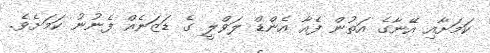
ކަމަށާއި އޭނާގެ އަތުން ފެއާ އެންޑް ލަވްލީ ގެ ޑަޒަނެއް ފެނުނު ކަމަށެވެ.